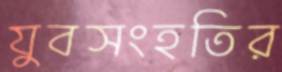
যুবসংহতির